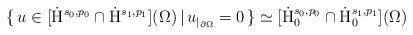
LaTeX: \begin{align*} \{\, u\in[\dot{\mathrm{H}}^{s_0,p_0}\cap\dot{\mathrm{H}}^{s_1,p_1}](\Omega) \,|\, u_{|_{\partial\Omega}} =0 \,\} \simeq [\dot{\mathrm{H}}^{s_0,p_0}_0\cap\dot{\mathrm{H}}^{s_1,p_1}_0](\Omega) \end{align*}